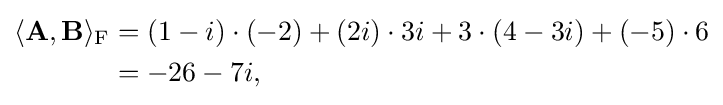
{\begin{aligned}\langle \mathbf {A} ,\mathbf {B} \rangle _{\mathrm {F} }&=(1-i)\cdot (-2)+(2i)\cdot 3i+3\cdot (4-3i)+(-5)\cdot 6\\&=-26-7i,\end{aligned}}